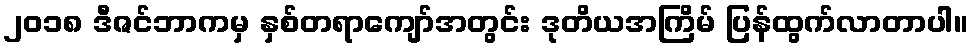
၂၀၁၈ ဒီဇင်ဘာကမှ နှစ်တရာကျော်အတွင်း ဒုတိယအကြိမ် ပြန်ထွက်လာတာပါ။